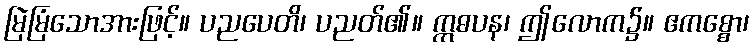
မြဲမြံသောအားဖြင့်။ ပညပေတိ၊ ပညတ်၏။ ဣဓပန၊ ဤလောက၌။ ဧကစ္စော၊